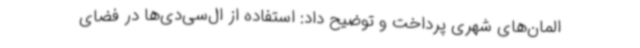
المان‌های شهری پرداخت و توضیح داد: استفاده از ال‌سی‌دی‌ها در فضای